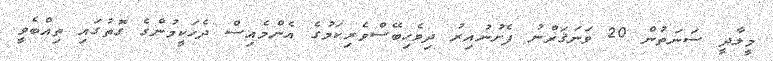
މީލާދީ ސަނަތުން 20 ވަނަޤަރްނު ފެށުނުއިރު ދިވެހިބޭސްވެރިކަމުގެ އެންމެއިސް ދެހަކީމުންގެ ގޮތުގައި ތިއްބެވީ